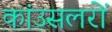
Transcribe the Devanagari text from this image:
कांउसलरों